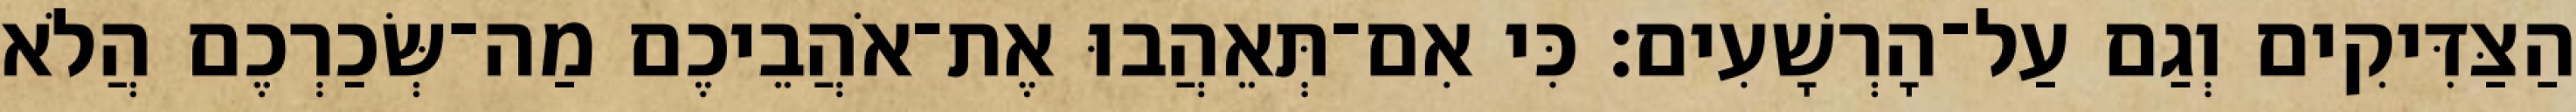
הַצַּדִּיקִים וְגַם עַל־הָרְשָׁעִים׃ כִּי אִם־תְּאֵהֲבוּ אֶת־אֹהֲבֵיכֶם מַה־שְּׂכַרְכֶם הֲלֹא